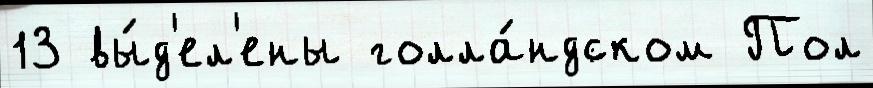
13 вы́д'ел'ены голла́ндском Пол